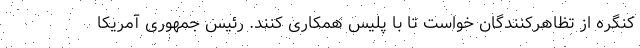
کنگره از تظاهرکنندگان خواست تا با پلیس همکاری کنند. رئیس جمهوری آمریکا